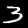
Digit: 3